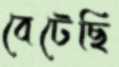
বেটেছি